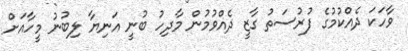
ވާހަކަ ދެއްކުމުގެ ފުރުސަތު ގާޒީ ދެއްވުމުން މާދިހު ބުނީ އަނިޔާ ލިބުނު މީހާއަށް